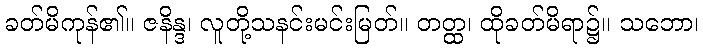
ခတ်မိကုန်၏။ ဇနိန္ဒ၊ လူတို့သနင်းမင်းမြတ်။ တတ္ထ၊ ထိုခတ်မိရာ၌။ သဘော၊